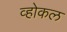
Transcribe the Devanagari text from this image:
व्होकल